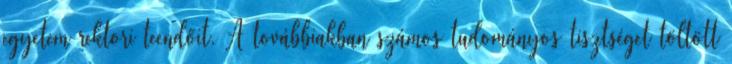
egyetem rektori teendőit. A továbbiakban számos tudományos tisztséget töltött